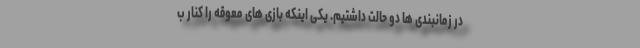
در زمانبندی ها دو حالت داشتیم. یکی اینکه بازی های معوقه را کنار ب